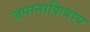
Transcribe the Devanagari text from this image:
जपानाशिवाय